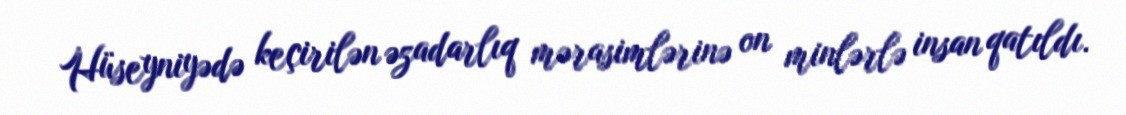
Hüseyniyədə keçirilən əzadarlıq mərasimlərinə on minlərlə insan qatıldı.